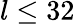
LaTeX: l\leq 32